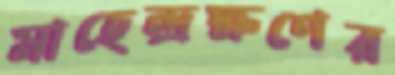
মাহেন্দ্রক্ষণের